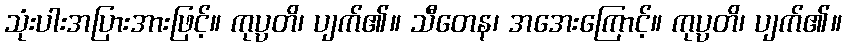
သုံးပါးအပြားအားဖြင့်။ ကုပ္ပတိ၊ ပျက်၏။ သီတေန၊ အအေးကြောင့်။ ကုပ္ပတိ၊ ပျက်၏။